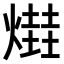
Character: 𤏎